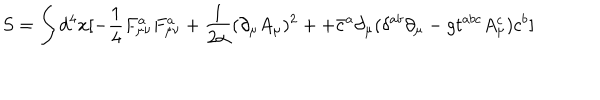
LaTeX: S = \int d ^ { 4 } x [ - \frac { 1 } { 4 } F _ { \mu \nu } ^ { a } F _ { \mu \nu } ^ { a } + \frac { 1 } { 2 \alpha } ( \partial _ { \mu } A _ { \mu } ) ^ { 2 } + + \bar { c } ^ { a } \partial _ { \mu } ( \delta ^ { a b } \partial _ { \mu } - g t ^ { a b c } A _ { \mu } ^ { c } ) c ^ { b } ]